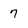
Character: 7